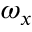
\omega _ { x }